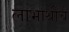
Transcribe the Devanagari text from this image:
लाभार्थींचे